Scientific memoirs by medical officers of the Army of India - Part XI,
Year: 1898
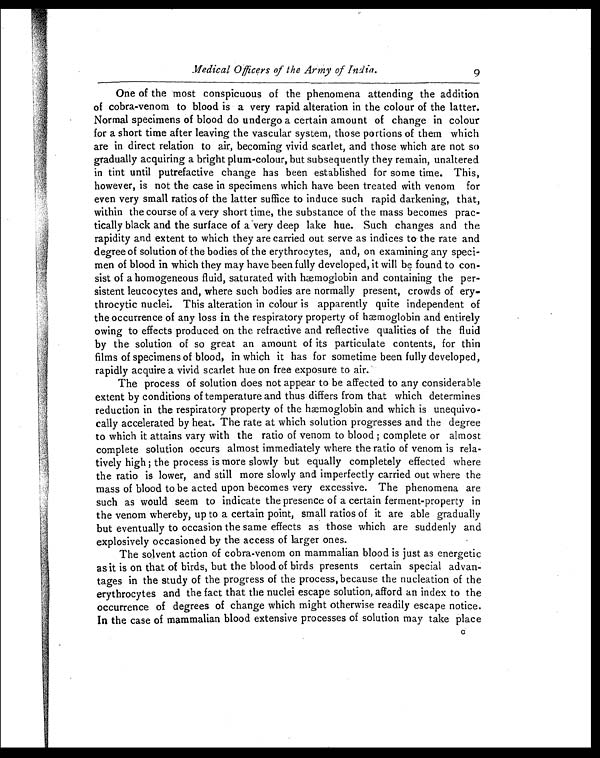
M e d i c a l O f f i c e r s o f t h e A r m y
o f I n d i a .
9
One of the most conspicuous of the phenomena attending the addition
of cobra-venom to blood is a very rapid alteration in the colour of the latter.
Normal specimens of blood do undergo a certain amount of change in colour
for a short time after leaving the vascular system, those portions of them which
are in direct relation to air, becoming vivid scarlet, and those which are not so
gradually acquiring a bright plum-colour, but subsequently they remain, unaltered
in tint until putrefactive change has been established for some time. This,
however, is not the case in specimens which have been treated with venom for
even very small ratios of the latter suffice to induce such rapid darkening, that,
within the course of a very short time, the substance of the mass becomes prac-
tically black and the surface of a very deep lake hue. Such changes and the
rapidity and extent to which they are carried out serve as indices to the rate and
degree of solution of the bodies of the erythrocytes, and, on examining any speci-
men of blood in which they may have been fully developed, it will be found to con-
sist of a homogeneous fluid, saturated with haemoglobin and containing the per-
sistent leucocytes and, where such bodies are normally present, crowds of ery-
throcytic nuclei. This alteration in colour is apparently quite independent of
the occurrence of any loss in the respiratory property of hæmoglobin and entirely
owing to effects produced on the refractive and reflective qualities of the fluid
by the solution of so great an amount of its particulate contents, for thin
films of specimens of blood, in which it has for sometime been fully developed,
rapidly acquire a vivid scarlet hue on free exposure to air.
The process of solution does not appear to be affected to any considerable
extent by conditions of temperature and thus differs from that which determines
reduction in the respiratory property of the hæmoglobin and which is unequivo-
cally accelerated by heat. The rate at which solution progresses and the degree
to which it attains vary with the ratio of venom to blood ; complete or almost
complete solution occurs almost immediately where the ratio of venom is rela-
tively high ; the process is more slowly but equally completely effected where
the ratio is lower, and still more slowly and imperfectly carried out where the
mass of blood to be acted upon becomes very excessive. The phenomena are
such as would seem to indicate the presence of a certain ferment-property in
the venom whereby, up to a certain point, small ratios of it are able gradually
but eventually to occasion the same effects as those which are suddenly and
explosively occasioned by the access of larger ones.
The solvent action of cobra-venom on mammalian blood is just as energetic
as it is on that of birds, but the blood of birds presents certain special advan-
tages in the study of the progress of the process, because the nucleation of the
erythrocytes and the fact that the nuclei escape solution, afford an index to the
occurrence of degrees of change which might otherwise readily escape notice.
In the case of mammalian blood extensive processes of solution may take place C